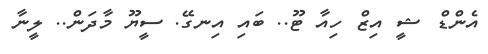
އެންޑް ޝީ އިޒް ހިއާ ޓޫ.. ބައި އިނގޭ. ސީޔޫ މާދަން.. ލީނާ